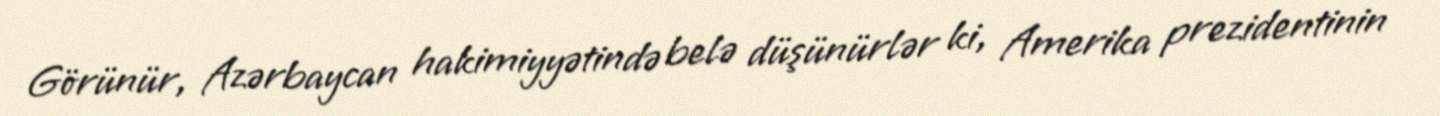
Görünür, Azərbaycan hakimiyyətində belə düşünürlər ki, Amerika prezidentinin